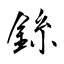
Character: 銯